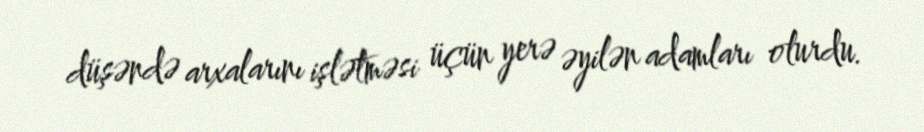
düşəndə arxalarını işlətməsi üçün yerə əyilən adamları olurdu.